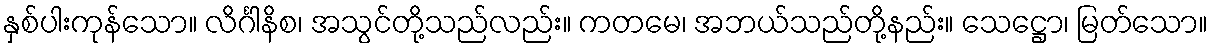
နှစ်ပါးကုန်သော။ လိင်္ဂါနိစ၊ အသွင်တို့သည်လည်း။ ကတမေ၊ အဘယ်သည်တို့နည်း။ သေဋ္ဌော၊ မြတ်သော။